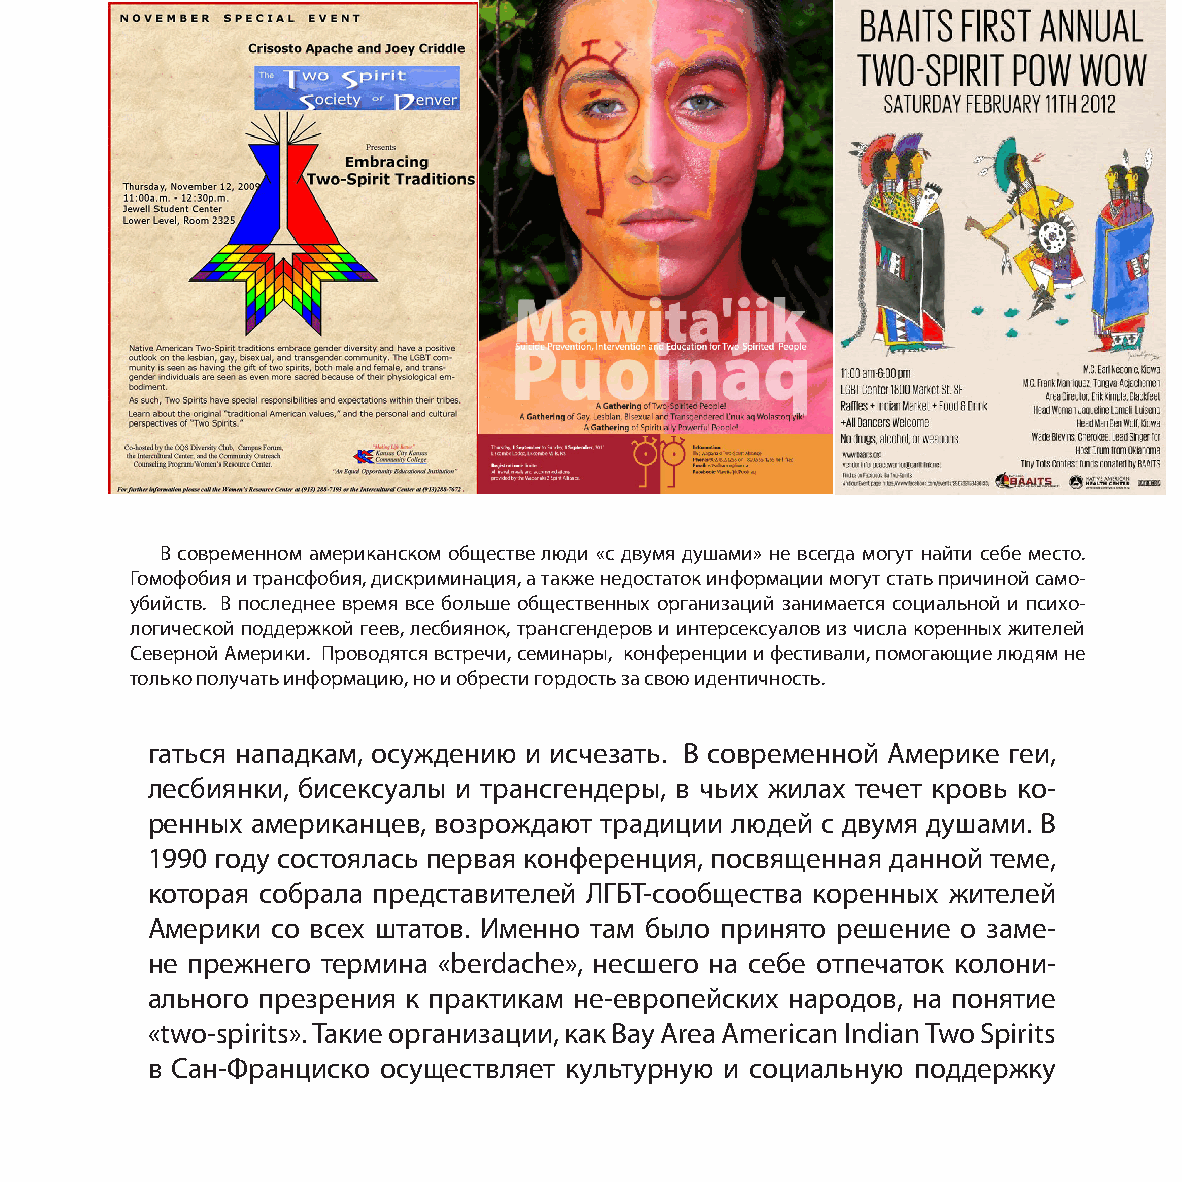
В современном американском обществе люди «с двумя душами» не всегда могут найти себе место.
 Гомофобия и трансфобия, дискриминация, а также недостаток информации могут стать причиной само-
 убийств. В последнее время все больше общественных организаций занимается социальной и психо-
 логической поддержкой геев, лесбиянок, трансгендеров и интерсексуалов из числа коренных жителей
 Северной Америки. Проводятся встречи, семинары, конференции и фестивали, помогающие людям не
 только получать информацию, но и обрести гордость за свою идентичность.
 гаться нападкам, осуждению и исчезать. В современной Америке геи,
 лесбиянки, бисексуалы и трансгендеры, в чьих жилах течет кровь ко-
 ренных американцев, возрождают традиции людей с двумя душами. В
 1990 году состоялась первая конференция, посвященная данной теме,
 которая собрала представителей ЛГБТ-сообщества коренных жителей
 Америки со всех штатов. Именно там было принято решение о заме-
 не прежнего термина «berdache», несшего на себе отпечаток колони-
 ального презрения к практикам не-европейских народов, на понятие
 «two-spirits». Такие организации, как Bay Area American Indian Two Spirits
 в Сан-Франциско осуществляет культурную и социальную поддержку